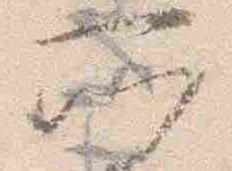
示